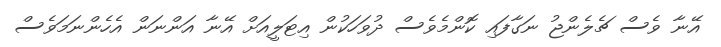
އޭނާ ވެސް ޗެލެންޖު ނަގާފައި ކޮންމެވެސް ދުވަހަކުން އިޓަލީއަށް އޭނާ އަންނަން އެހެންނަމަވެސް